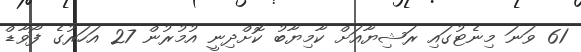
61 ވަނަ މިނެޓުގައި ރަޝިޔާއަށް ކާމިޔާބު ކޮށްދިނީ އުމުރުން 27 އަހަރުގެ ފޯވާޑް